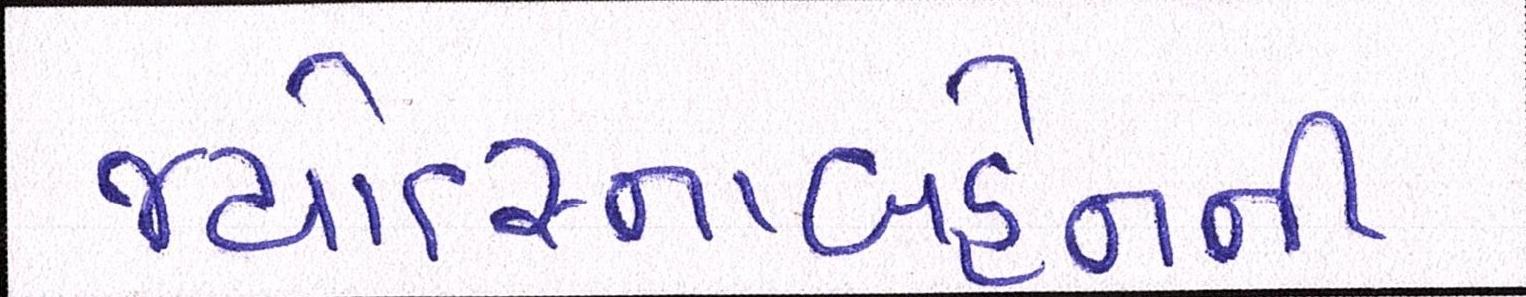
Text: જ્યોત્સ્નાબહેનની